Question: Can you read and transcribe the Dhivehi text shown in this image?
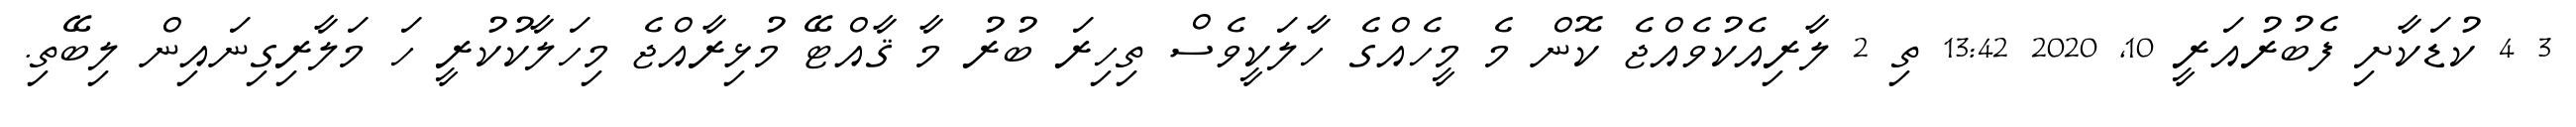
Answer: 3 4 ކުޑަކާށި ފެބުރުއަރީ 10, 2020 13:42 ތި 2 ލާރިއެކުވެއްޖެ ކޮން މެ މީހެއްގެ ހާލަކީވެސް ތިހިރަ ބުރު މާ ޤާއްޓޭ މުޅިރާއްޖެ މިހަލާކުކުރީ ހަ މަލާރިގިނައިން ލިބޭތި.